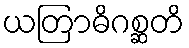
ယတြာဓိဂစ္ဆတိ